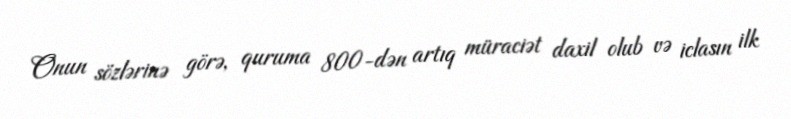
Onun sözlərinə görə, quruma 800-dən artıq müraciət daxil olub və iclasın ilk